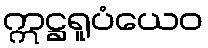
ဣဋ္ဌရူပံယေဝ